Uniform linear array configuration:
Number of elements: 12
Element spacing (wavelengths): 1
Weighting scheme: uniform
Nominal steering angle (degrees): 45
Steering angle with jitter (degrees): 44.091
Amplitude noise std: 0.05
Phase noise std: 0.05

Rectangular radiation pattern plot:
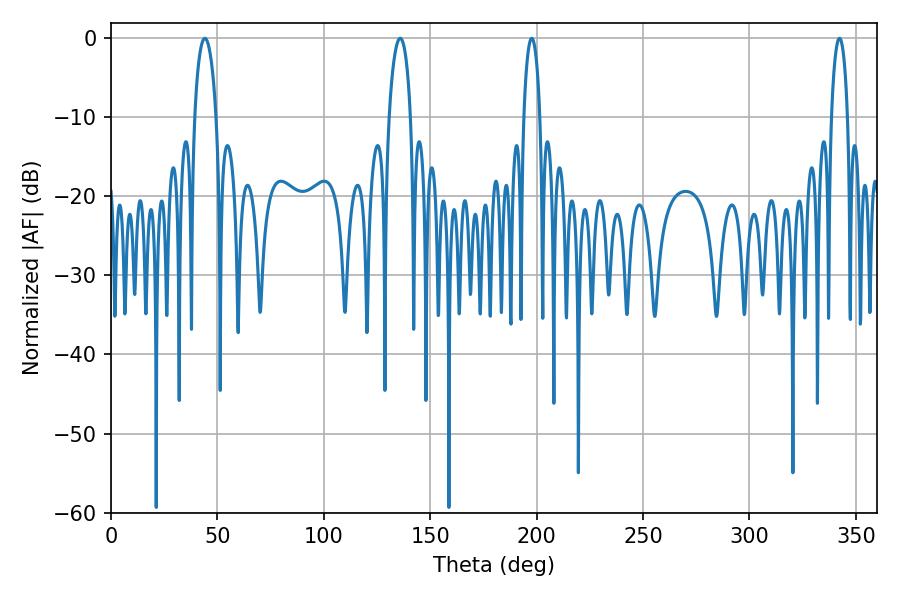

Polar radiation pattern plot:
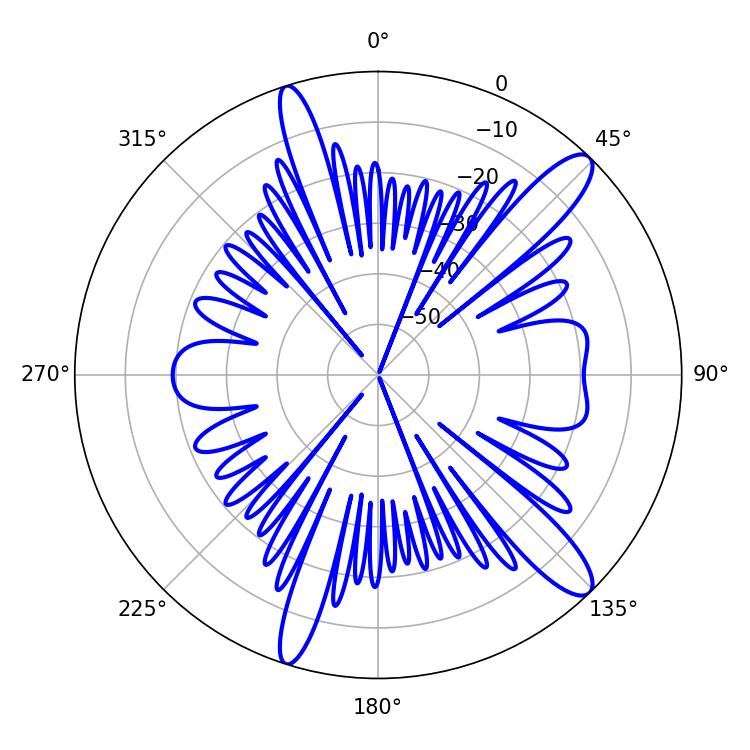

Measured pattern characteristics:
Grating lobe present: TRUE
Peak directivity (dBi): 12.697
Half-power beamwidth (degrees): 5.94
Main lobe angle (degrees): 44.1